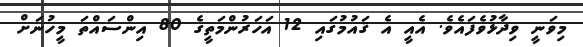
މިވަނީ ވިދާޅުވެފައެވެ. އެއީ އެ ޤައުމުގައި 12 އަހަރުންމަތީގެ 80 އިންސައްތަ މީހުނަށް